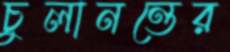
চুলানন্তের